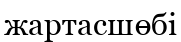
жартасшөбі